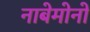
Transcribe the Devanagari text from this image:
नाबेमोनो